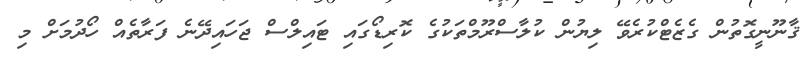
ޤާނޫނީގޮތުން ގެޒެޓްކުރެވޭ ލިޔުން ކުލާސްރޫމްތަކުގެ ކޮރިޑޯގައި ޓައިލްސް ޖަހައިދޭނެ ފަރާތެއް ހޯދުމަށް މި